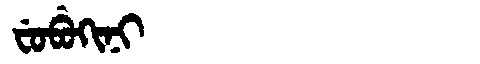
Manchu: ᠸᡠᠪᡠᡴᡳᠨᡳ
Romanization: FUBUKINI